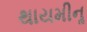
થાયમીનૢ